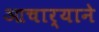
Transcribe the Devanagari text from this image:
आचार्याने